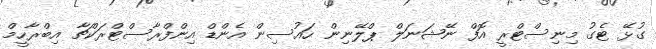
ގުޅޭ ޓެގު މިނިސްޓްރީ އޮފް ނޭޝަނަލް ޕްލޭނިން ހައުސިން އެންޑް އިންފްރާސްޓްރަކްޗާ އިބްރާހީމް